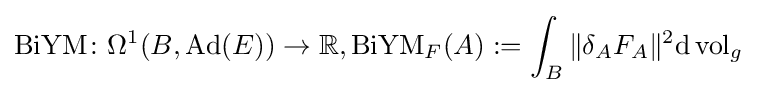
\operatorname {BiYM} \colon \Omega ^{1}(B,\operatorname {Ad} (E))\rightarrow \mathbb {R} ,\operatorname {BiYM} _{F}(A):=\int _{B}\|\delta _{A}F_{A}\|^{2}\mathrm {d} \operatorname {vol} _{g}